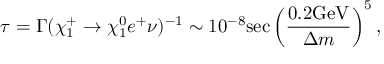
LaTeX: \tau = \Gamma ( \chi _ { 1 } ^ { + } \rightarrow \chi _ { 1 } ^ { 0 } e ^ { + } \nu ) ^ { - 1 } \sim 1 0 ^ { - 8 } \mathrm { s e c } \left( \frac { 0 . 2 \mathrm { G e V } } { \Delta m } \right) ^ { 5 } ,